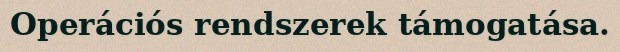
Operációs rendszerek támogatása.